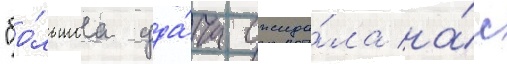
"бо́льшаа уда́ча ожида́ла на́с